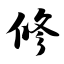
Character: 修